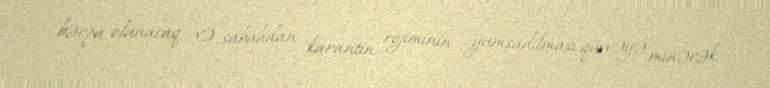
bərpa olunacaq və sabahdan karantin rejiminin yumşadılması qüvvəyə minəcək.